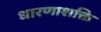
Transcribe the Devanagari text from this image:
धारणाशक्ति